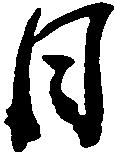
日